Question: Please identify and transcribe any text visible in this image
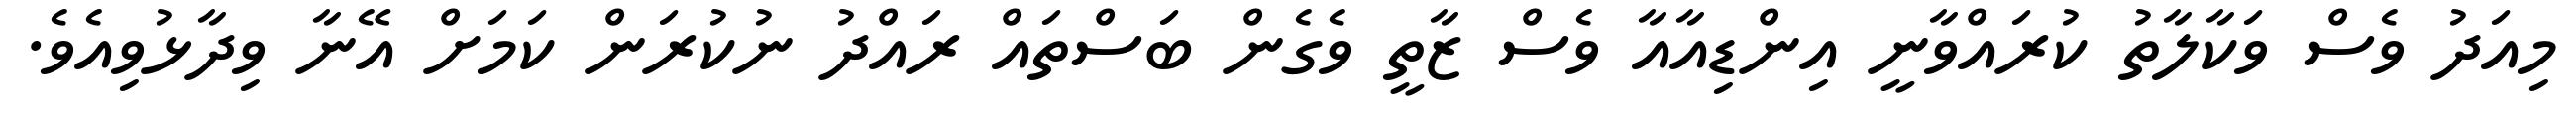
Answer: މިއަދު ވެސް ވަކާލާތު ކުރައްވާނީ އިންޑިއާއާ ވެސް ޒާތީ ވެގެން ބަސްތައް ރައްދު ނުކުރަން ކަމަށް އޭނާ ވިދާޅުވިއެވެ.